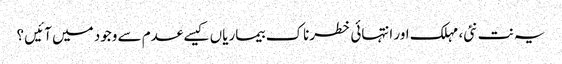
یہ نت نئی، مہلک اور انتہائی خطرناک بیماریاں کیسے عدم سے وجود میں آئیں ؟